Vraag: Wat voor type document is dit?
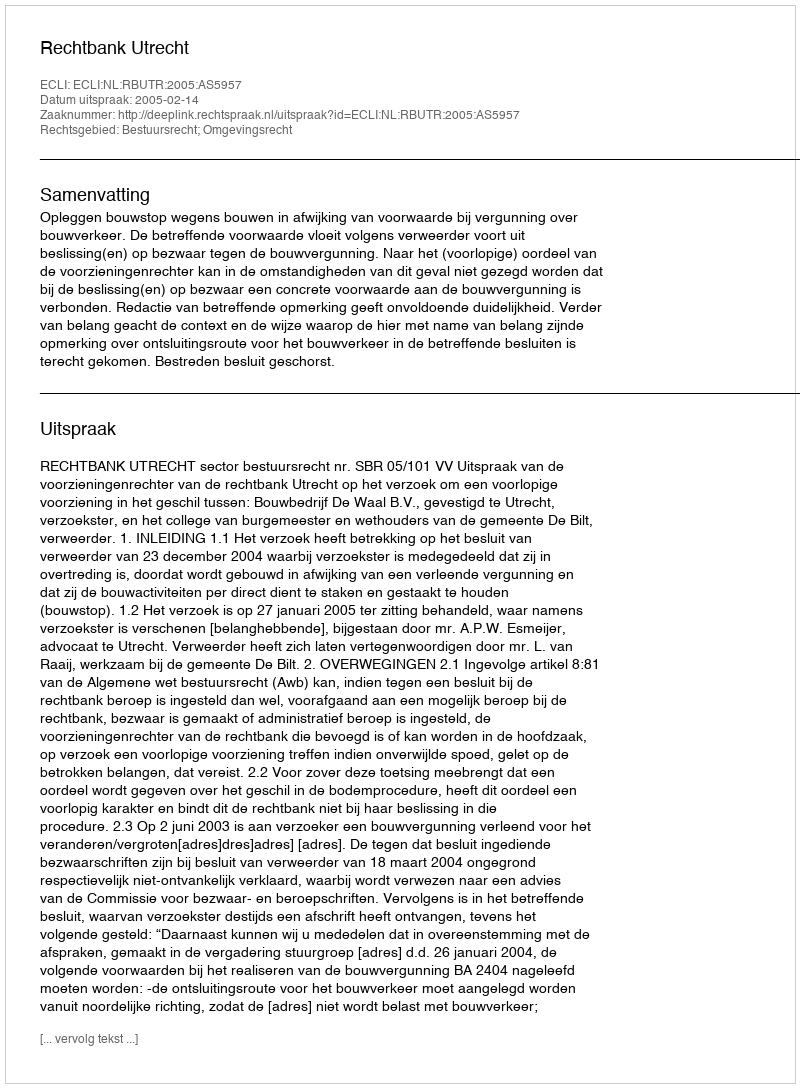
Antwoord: Uitspraak